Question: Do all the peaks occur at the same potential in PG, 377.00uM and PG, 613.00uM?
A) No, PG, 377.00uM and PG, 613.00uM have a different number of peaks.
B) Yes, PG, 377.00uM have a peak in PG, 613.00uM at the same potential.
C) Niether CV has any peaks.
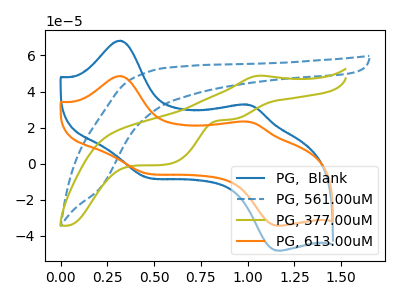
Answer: <think>The blue curve "PG,  Blank" has anodic peaks at (0.30V, 68.20uA) (1.00V, 32.80uA) and cathodic peaks at (0.45V, -6.90uA) (1.15V, -48.05uA). The blue dashed curve "PG, 561.00uM" has no peaks. The olive curve "PG, 377.00uM" has an anodic peak at (1.05V, 48.80uA) and cathodic peaks at (0.90V, 24.60uA) (0.55V, -0.50uA). The orange curve "PG, 613.00uM" has anodic peaks at (0.30V, 48.60uA) (1.00V, 23.40uA) and cathodic peaks at (0.45V, -4.90uA) (1.15V, -34.25uA).</think>
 <answer>A) No, "PG, 377.00uM" and "PG, 613.00uM" have a different number of peaks.</answer>
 <eval>A</eval>